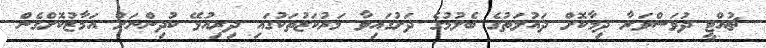
ޗުއްޓީ ދުވަސްވަރާ ދިމާކޮށް ދައުލަތުގެ ބެލުމުގެ ދަށުގައިވާ މަރުކަޒުތަކުގައި ދިރިއުޅޭ ކުދިންނަށް އަމާޒުކޮށްގެން